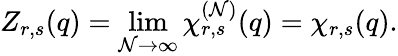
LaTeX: Z_{r,s}(q)=\operatorname*{lim}_{\mathcal{N}\to\infty}\chi_{r,s}^{(\mathcal{N})}(q)=\chi_{r,s}(q).